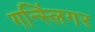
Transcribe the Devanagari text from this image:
गन्स्लिंगर